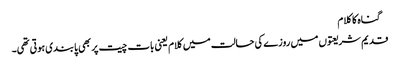
 گناہ کا کلام
قدیم شریعتوں میں روزے کی حالت میں کلام یعنی بات چیت پر بھی پابندی ہوتی تھی۔